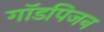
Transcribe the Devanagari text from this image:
गॉडपिजन